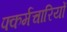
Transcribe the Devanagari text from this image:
फ्कर्मचारियों